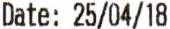
DATE: 25/04/18